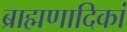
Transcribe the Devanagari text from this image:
ब्राह्मणादिकां